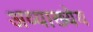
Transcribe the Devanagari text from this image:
अव्याख्येय